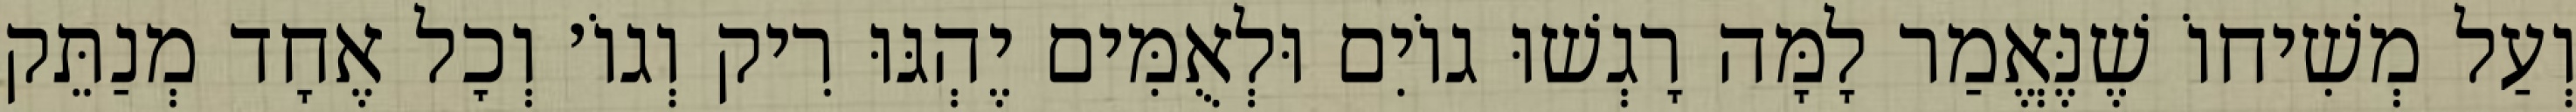
וְעַל מְשִׁיחוֹ שֶׁנֶּאֱמַר לָמָּה רָגְשׁוּ גוֹיִם וּלְאֻמִּים יֶהְגּוּ רִיק וְגוֹ׳ וְכׇל אֶחָד מְנַתֵּק